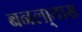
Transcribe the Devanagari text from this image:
बनला्यास